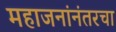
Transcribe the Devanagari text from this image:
महाजनांनंतरचा